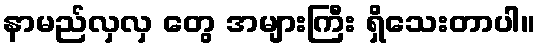
နာမည်လှလှ တွေ အများကြီး ရှိသေးတာပါ။